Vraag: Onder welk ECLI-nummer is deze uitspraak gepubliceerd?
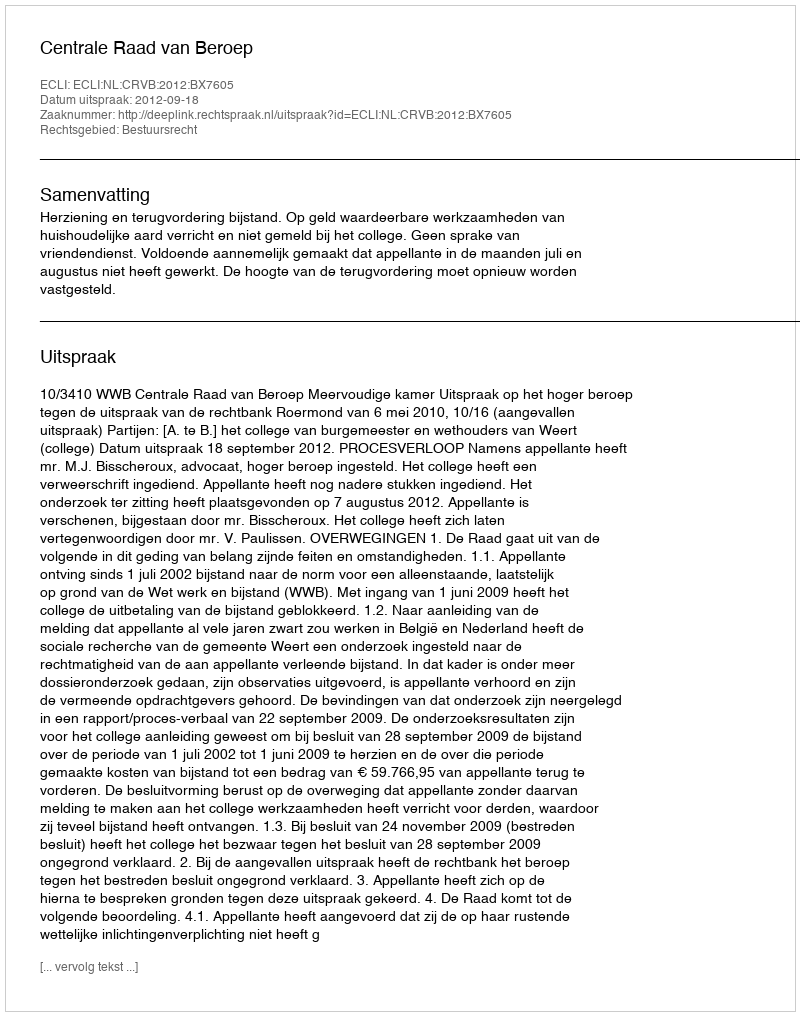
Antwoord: ECLI:NL:CRVB:2012:BX7605